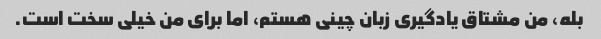
بله، من مشتاق یادگیری زبان چینی هستم، اما برای من خیلی سخت است.